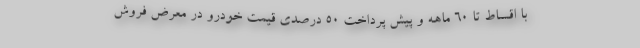
با اقساط تا 60 ماهه و پیش پرداخت 50 درصدی قیمت خودرو در معرض فروش